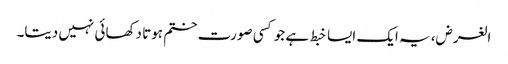
الغرض، یہ ایک ایسا خبط ہے جو کسی صورت ختم ہوتا دکھائی نہیں دیتا۔